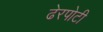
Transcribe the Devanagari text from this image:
ढेरपोटी